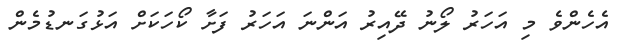
އެހެންވެ މި އަހަރު ލޯނު ދޭއިރު އަންނަ އަހަރު ފަށާ ކޯހަކަށް އަޅުގަނޑުމެން